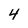
Character: 4